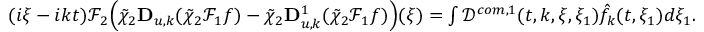
\begin{array} { r } { ( i \xi - i k t ) \mathcal { F } _ { 2 } \Big ( \tilde { \chi } _ { 2 } \mathbf { D } _ { u , k } ( \tilde { \chi } _ { 2 } \mathcal { F } _ { 1 } f ) - \tilde { \chi } _ { 2 } \mathbf { D } _ { u , k } ^ { 1 } ( \tilde { \chi } _ { 2 } \mathcal { F } _ { 1 } f ) \Big ) ( \xi ) = \int \mathcal { D } ^ { c o m , 1 } ( t , k , \xi , \xi _ { 1 } ) \hat { f } _ { k } ( t , \xi _ { 1 } ) d \xi _ { 1 } . } \end{array}